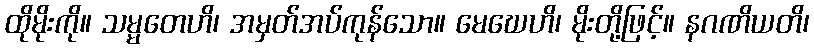
ထိုမိုးကို။ သမ္မတေဟိ၊ အမှတ်အပ်ကုန်သော။ မေဃေဟိ၊ မိုးတို့ဖြင့်။ နဂဏိယတိ၊